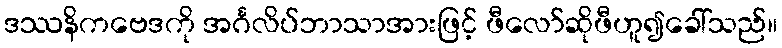
ဒဿနိကဗေဒကို အင်္ဂလိပ်ဘာသာအားဖြင့် ဖီလော်ဆိုဖီဟူ၍ခေါ်သည်။